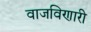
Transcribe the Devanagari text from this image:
वाजविणारी